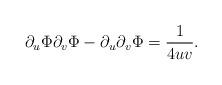
LaTeX: \begin{align*}\partial_{u}\Phi\partial_{v}\Phi -\partial_{u}\partial_{v}\Phi = \frac{1}{4uv}.\end{align*}